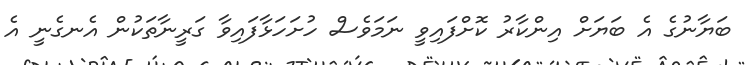
ބަޔާނުގެ އެ ބަޔަށް އިންކާރު ކޮށްފައިވީ ނަމަވެސް ހުށަހަޅާފައިވާ ގަރީނާތަކުން އެނގެނީ އެ